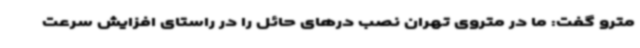
مترو گفت: ما در متروی تهران نصب درهای حائل را در راستای افزایش سرعت